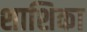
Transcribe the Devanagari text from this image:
शाशिका